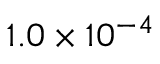
1 . 0 \times 1 0 ^ { - 4 }